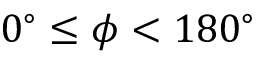
0 ^ { \circ } \leq \phi < 1 8 0 ^ { \circ }